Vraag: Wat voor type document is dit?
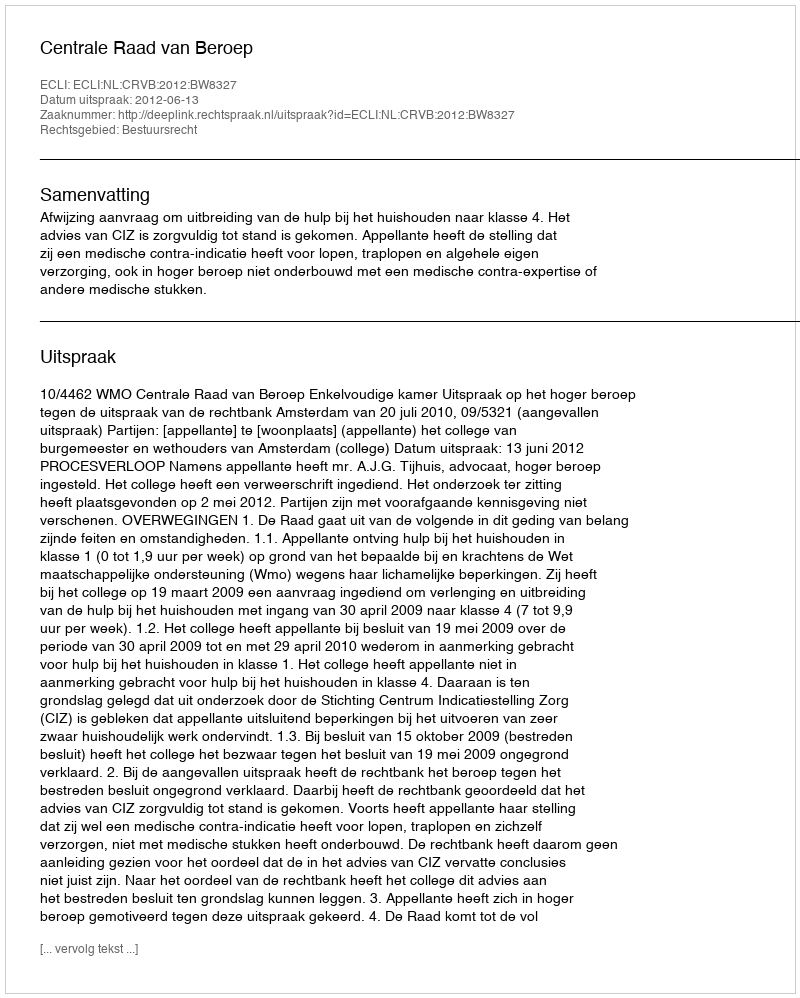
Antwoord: Uitspraak